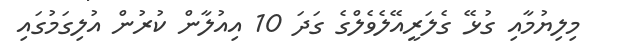
މިލިޔުމާއި ގުޅޭ ގެލަރީއޭލެވެލްގެ ގަދަ 10 އިއުލާން ކުރުން އުލިގަމުގައި